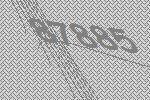
87885